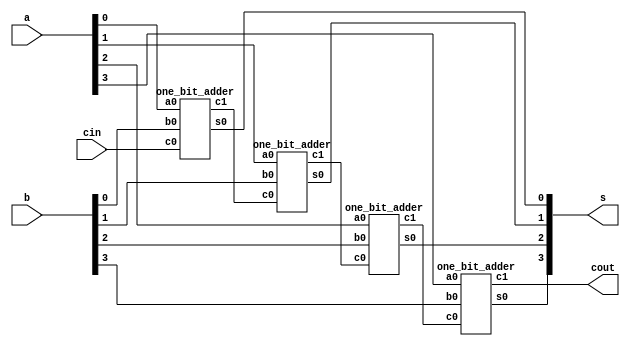
`timescale 1 ns / 100 ps

/* 8 bit Ripple carry Adder*/

/* macro for width */
`define WIDTH 3

module rc( a, b, cin, s, cout );/* 8 bit ripple carry adder made up of 8 one_bit_adder */

input [`WIDTH:0] a; 
input [`WIDTH:0] b;
input 		 cin;

output[`WIDTH:0] s;
output		 cout;

wire t1,t2,t3;

one_bit_adder a1(a[0],b[0],cin,s[0],t1);
one_bit_adder a2(a[1],b[1],t1,s[1],t2);
one_bit_adder a3(a[2],b[2],t2,s[2],t3);
one_bit_adder a4(a[3],b[3],t3,s[3],cout);
//one_bit_adder a5(a[4],b[4],t4,s[4],t5);
//one_bit_adder a6(a[5],b[5],t5,s[5],t6);
//one_bit_adder a7(a[6],b[6],t6,s[6],t7);
//one_bit_adder a8(a[7],b[7],t7,s[7],cout);

endmodule

module one_bit_adder(a0,b0,c0,s0,c1);

/* three inputs which are 1 bit each */
input a0;
input b0;
input c0;/* carry in */

/* two outputs which are 1 bit each */
output s0;/* sum */
output c1;/* carry out */

assign s0 = a0^b0^c0;
assign c1 = (a0&b0)|(b0&c0)|(c0&a0);

endmodule